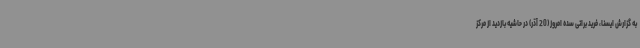
به گزارش ایسنا، فرید براتی سده امروز (20 آذر) در حاشیه بازدید از مرکز